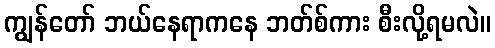
ကျွန်တော် ဘယ်နေရာကနေ ဘတ်စ်ကား စီးလို့ရမလဲ။